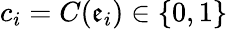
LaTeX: c_{i}=C(\mathfrak{e}_{i})\in\{ 0,1\}